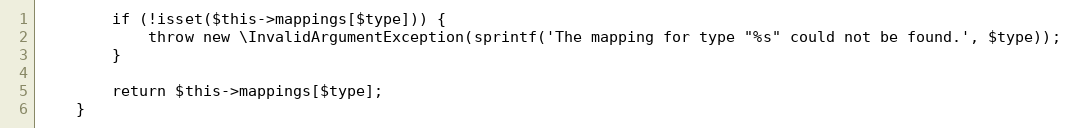
Language: PHP
        if (!isset($this->mappings[$type])) {
            throw new \InvalidArgumentException(sprintf('The mapping for type "%s" could not be found.', $type));
        }

        return $this->mappings[$type];
    }